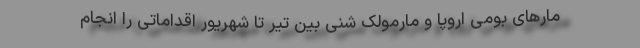
مارهای بومی اروپا و مارمولک شنی بین تیر تا شهریور اقداماتی را انجام